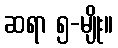
ဆရာ ၅-မျိုး။